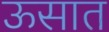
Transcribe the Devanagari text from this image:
ऊसात